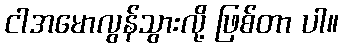
ငါအမောလွန်သွားလို့ ဖြစ်တာ ပါ။